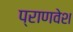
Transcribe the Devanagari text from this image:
प्राणवेश